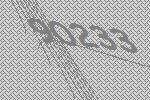
90233